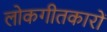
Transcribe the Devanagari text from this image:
लोकगीतकारों